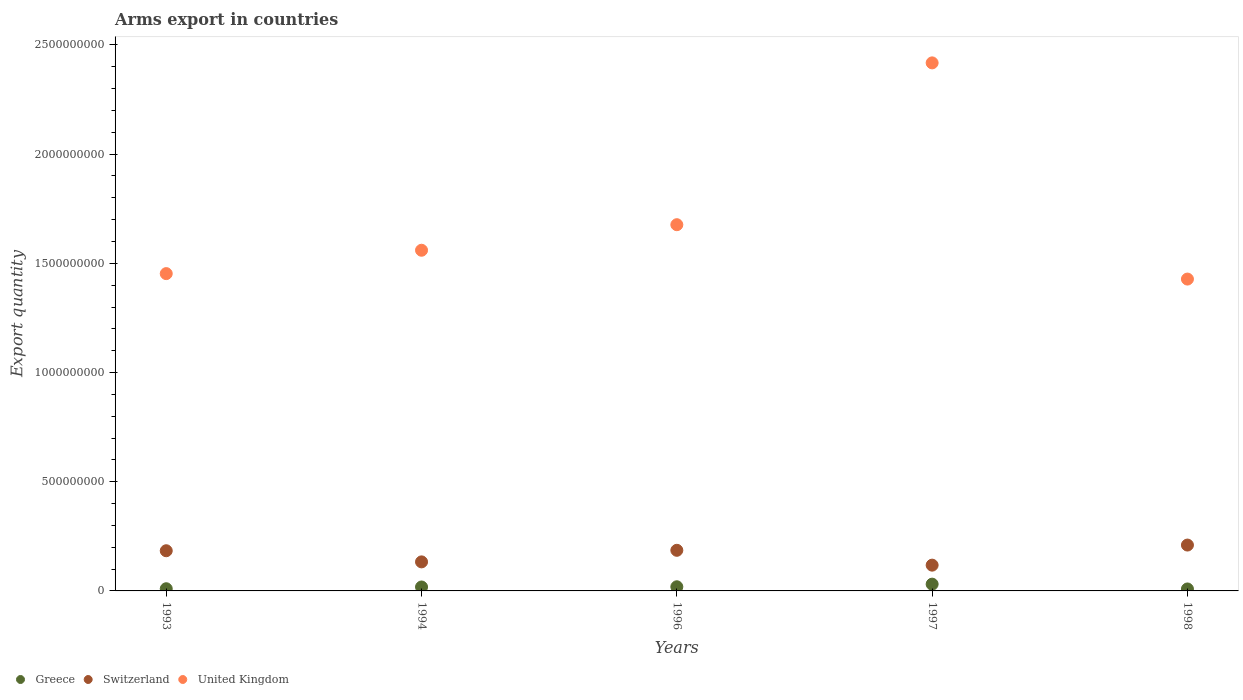
| Years | Greece | Switzerland | United Kingdom |
 | --- | --- | --- | --- |
 | 1993 | 1e+07 | 1.84e+08 | 1.45e+09 |
 | 1994 | 1.8e+07 | 1.33e+08 | 1.56e+09 |
 | 1996 | 1.9e+07 | 1.86e+08 | 1.68e+09 |
 | 1997 | 3.1e+07 | 1.18e+08 | 2.42e+09 |
 | 1998 | 9e+06 | 2.1e+08 | 1.43e+09 |